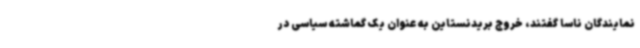
نمایندگان ناسا گفتند، خروج بریدنستاین به عنوان یک گماشته سیاسی در